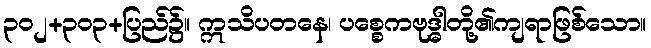
၃၀၂+၃၀၃+ပြည်၌။ ဣသိပတနေ၊ ပစ္စေကဗုဒ္ဓါတို့၏ကျရာဖြစ်သော။